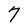
Character: 7